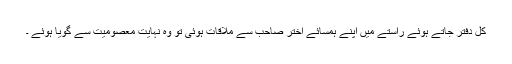
کل دفتر جاتے ہوئے راستے میں اپنے ہمسائے اختر صاحب سے ملاقات ہوئی تو وہ نہایت معصومیت سے گویا ہوئے ۔